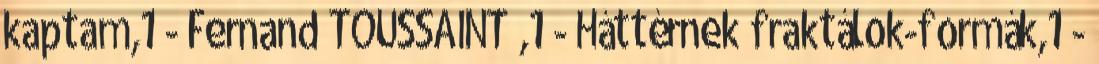
kaptam,1 - Fernand TOUSSAINT ,1 - Háttérnek fraktálok-formák,1 -